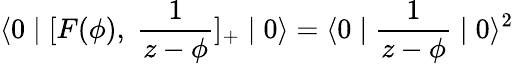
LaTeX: \langle 0\mid[F(\phi),\; \frac{1}{z-\phi}]_{+}\mid 0\rangle=\langle 0\mid\frac{1}{z-\phi}\mid 0\rangle^{2}